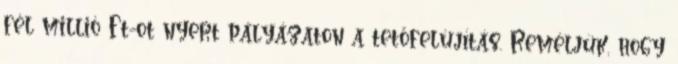
fél millió Ft-ot nyert pályázaton a tetőfelújítás. Reméljük, hogy